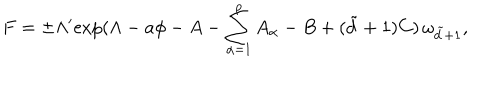
F = \pm \Lambda ^ { \prime } \mathrm { e x p } ( \Lambda - a \phi - A - \sum _ { \alpha = 1 } ^ { p } A _ { \alpha } - B + ( \tilde { d } + 1 ) C ) \, \omega _ { \tilde { d } + 1 } ,